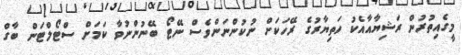
މީގެއިތުރުން ރަޝިޔާއާއެކު ހަތިޔާރުގެ ރޭހަކަށް ނުކުންނަންވެސް ނޭޓޯ ބޭނުންނުވާ ކަމަށް ސްޓޯލްޓަން ބާގް